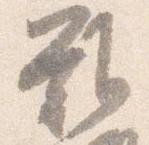
難